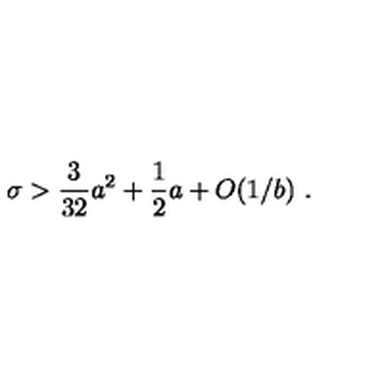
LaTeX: \sigma > { \frac { 3 } { 3 2 } } { { a } } ^ { 2 } + { \frac { 1 } { 2 } } { { a } } + O ( 1 / { { b } } ) \ .